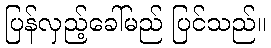
ပြန်လှည့်ခေါ်မည် ပြင်သည်။